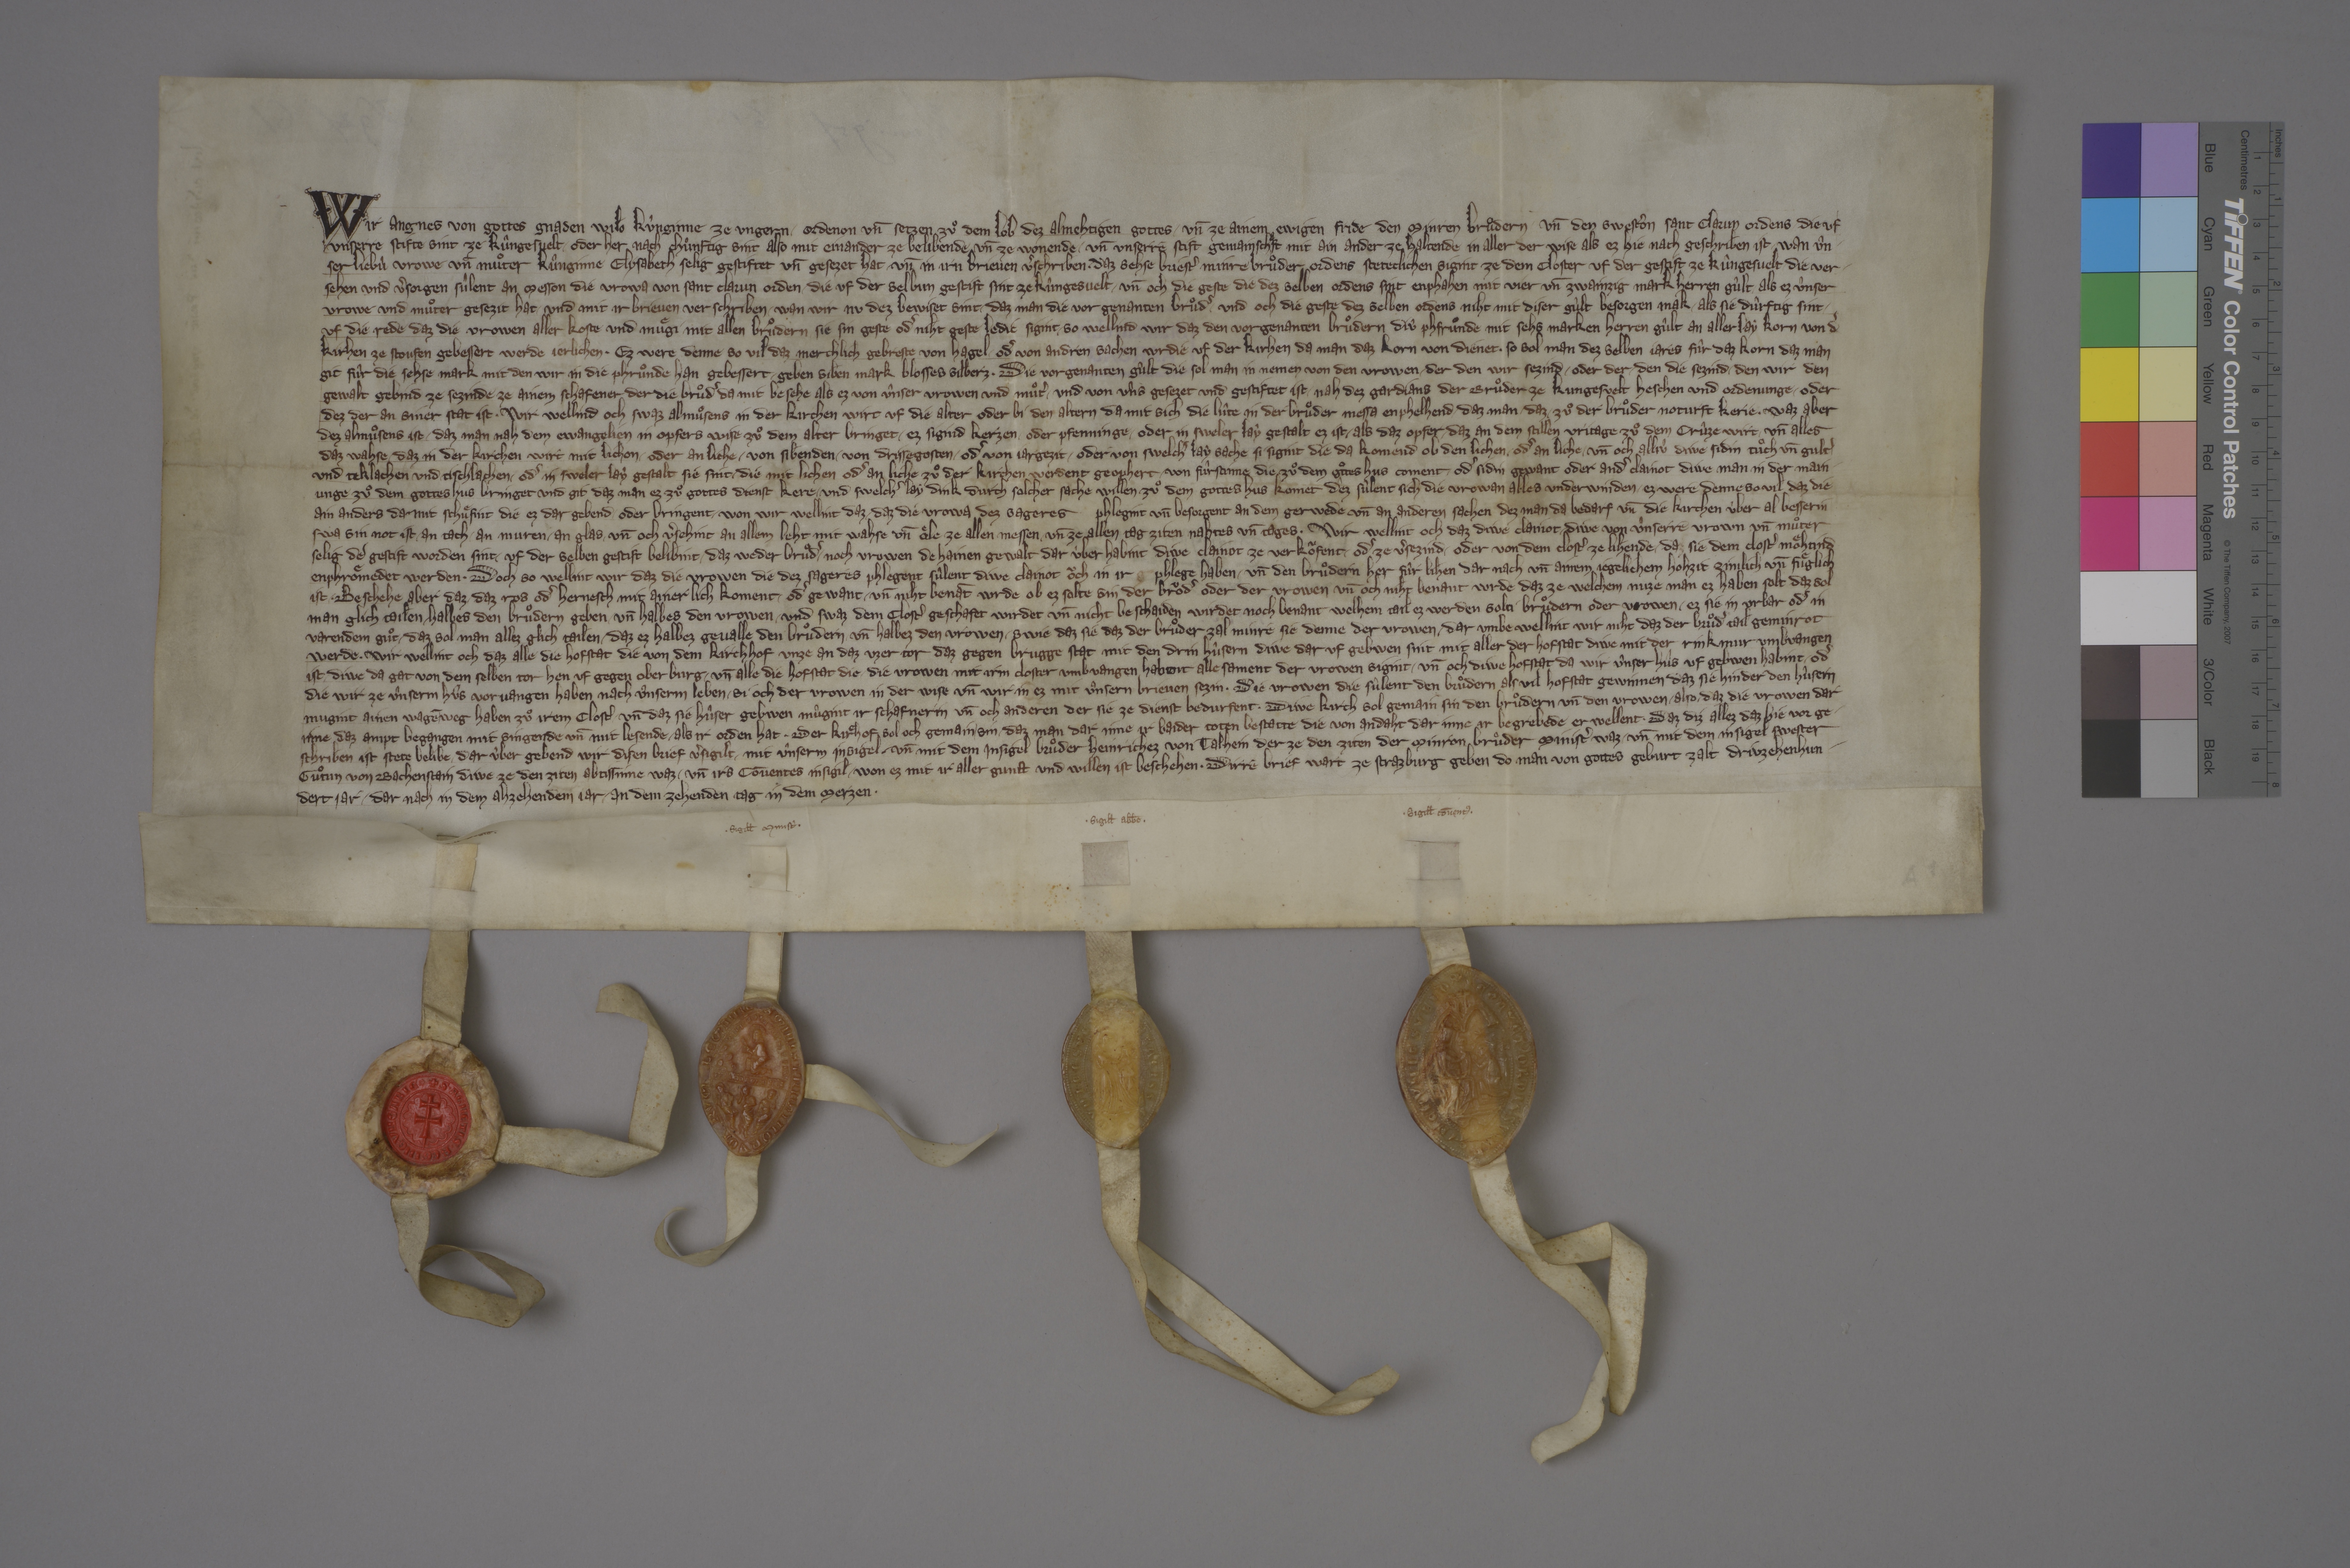
Wir, Angnes, von gottes gnaden wilo kùnginne ze Ungern, ✳ ordenon un̄ setzen zuͦ dem lob dez almehtigen gottes ✳ un̄ ze ainem ewigen fride den Minren Bruͦdern ✳ un̄ den swestˀon Sant Clarun ordens, ✳ die uf
unserre stifte sint ze Kûngesvelt ✳ oder her nach chuͦnftig sint, also mit einander ze belibende un̄ ze wonende ✳ un̄ unserre stift gemainschaft mit ain ander ze haltende in aller der wise, als ez hie nach geschriben ist. ✳ wan ûn¬
ser liebù vrowe un̄ muͦter, kûneginne Elysabeth, selig, gestiftet un̄ gesezet hat ✳ un̄ in irn brieven vˀschriben, ✳ daz sehse briestˀ Minre Bruͦder ordens steteclichen sigint ze dem closter uf der gestift ze Kûngesvelt, ✳ die ver¬
✳ sigill̄ cōventꝰ ✳
sehen und vˀsorgen sûlent an messon die vrowa von Sant Clarun orden, ✳ die uf der selbun gestift sint ze Kûngesvelt, ✳ un̄ och die geste, die dez selben ordens sint, enphahen mit vier un̄ zwainzig mark herren gûlt, ✳ als ez ûnser
vrowe und muͦter gesezit hat ✳ und mit ir brieven verschriben. ✳ wan wir nu dez bewiset sint, ✳ daz man die vor genanten bruͦdˀ ✳ und och die geste dez selben ordens niht mit diser gùlt besorgen mak, ✳ als si dûrftig sint, ✳
uf die rede, daz die vrowen aller koste und muͤgi mit allen bruͦdern, sie sin geste odˀ niht geste, ledic sigint, so wellind wir, daz den vorgenanten bruͦdern diû phfruͦnde mit sehs marken herren gûlt an aller lay korn von dˀ
kirhen ze Stoufen gebessert werde jerlichen. ✳ ez were denne so viI, daz merchlich gebreste von hagel ✳ odˀ von andren sachen wrdie uf der kirhen, da man daz korn von dienet, ✳ so sol man dez selben jares fûr daz korn, daz man
git fûr die sehse mark, mit den wir in die phruͦnde han gebessert, ✳ geben siben mark blosses silberz. ✳ die vorgenanten gûlt, die sol man in nemen von den vrowen, ✳ der, den wir sezind, ✳ oder der, ✳ den die sezind, ✳ den wir den
gewalt gebind ze sezinde, ze ainem schafener, der die bruͦdˀ da mit besehe, als ez von ûnser vrowen und muͦtˀ ✳ und von ûns gesezet und gestiftet ist, ✳ nah dez gardians der bruͦder ze Kungesvelt heschen und ordenunge ✳ oder
dez, der an siner stat ist. ✳ wir wellind och, swaz almuͦsens in der kirchen wirt uf die alter oder bi den altern, da mit sich die lûte in der bruͦder messa enphelhend, ✳ daz man ✳ daz ✳ zuͦ der bruͦder noturft kerie. ✳ waz aber
dez almuͦsens ist, ✳ daz man nah dem ewangelien in opfers wise zuͦ dem alter bringet, ✳ ez sigind kerzen ✳ oder pfenninge ✳ oder in sweler lay gestalt ez ist, ✳ als daz opfer, ✳ daz an dem stillen vritage zuͦ dem crûze wirt, ✳ un̄ alles
daz wahse, ✳ daz in der kirchen wirt mit lichon ✳ oder an liche, ✳ von sibenden, ✳ von drissegosten ✳ odˀ von jargezit, ✳ oder von swelchˀ lay sache si sigint, die da komend ob den lichen ✳ odˀ an liche, ✳ un̄ och alliù diwe sidin tuͦch un̄ gultˀ
und teklachen und tischlachen ✳ odˀ in sweler lay gestalt sie sint, ✳ die mit lichen odˀ an liche zuͦ der kirchen werdent geophert ✳ von fûrstinne, die zuͦ dem gtͦteshus coment, ✳ odˀ sidin gewant oder andˀ clainot, diwe man in der main¬
unge zuͦ dem gotteshus bringet und git, daz man ez zuͦ gottes dienst kere, ✳ und swelchˀ lay dink durch solcher sache willen zuͦ dem gottes hus komet, dêz sùlent sich die vrowan alles under winden, ✳ ez were denne so vil, daz die
ain anders da mit schuͤfint, die ez dar gebend ✳ oder bringent. ✳ won wir wellint daz, ✳daz die vrowa dez sageres phlegint un̄ besorgent an dem gerwede un̄ an andern sachen, dez man da bedarf, un̄ die kirchen ùber al besserin,
swa sin not ist, ✳ an tach, ✳ an muren, ✳ an glas, ✳ un̄ och vˀsehint an allem leht mit wahse un̄ oͤle ze allen messen un̄ ze allen tag ziten, nahtes un̄ tages. ✳ wir wellint och, daz diwe clainot, ✳ diwe von ûnserrē vrown un̄ muͦter,
selig, deˀ gestift worden sint, ✳ uf der selben gestift belibint, ✳ daz weder bruͦdˀ ✳ noch vrowen dehainen gewalt dar ùber habint, diwe clainot ze verkoͧfent ✳ odˀ ze vˀsezind ✳ oder von dem clostˀ ze lihende, ✳ daz sie dem clostˀ moͤhtind
enphroͤmedet werden. ✳ doch so wellint wir, daz die vrowen, die des sageres phlegent, sûlent diwe clainot oͧch in ir g phlege haben ✳ un̄ den bruͦdern her fùr lihen dar nach un̄ ainem jegelichem hohzit zimlich un̄ fuͤglich
ist. ✳ beschehe aber daz, ✳ daz ros odˀ hernesch mit ainer lich koment ✳ odˀ gewant ✳ un̄ niht benāt wrde, ob ez solt sin der broͧdˀ oder der vrowen, un̄ och niht benant wrde daz, ze welchem nuze man ez haben solt, daz sol
man glich tailen, ✳ halbes den bruͦdern geben ✳ un̄ halbes den vrowen. ✳ und swaz dem clostˀ geschafet wirdet un̄ nicht beschaiden wirdet noch benant, welhem tail ez werden solti, bruͦdern oder vrowen, ✳ ez sie in urbar odˀ in
varendem guͦt, ✳ daz sol man allez glich tailen, ✳ daz ez halbez gevalle den bruͦdern ✳ un̄ halbez den vrowen. ✳ swie daz sie, daz der bruͦder zal minre sie denne der vrowen, ✳ dar umbe wellint wir niht, daz der bruͦdˀ tail geminrot
werde. ✳ wir wellint och, daz alle die hofstat, die von dem kirchhof unze an daz uzer tor, daz gegen Brugge stat, mit den drin hùsern, diwe dar uf gebwen sint, mit aller der hofstat, diwe mit der rinkmur umbvangen
ist, ✳ diwe da gat von dem selben tor hen uf gegen Oberburg, ✳ un̄ alle die hofstat, die ✳ die vrowen mit irm closter umb vangen habnent, alle sament der vrowen sigint, ✳ un̄ och diwe hofstat, da wir ùnser hûs uf gebwen habint ✳ odˀ
die wir ze ûnserm hûs vorvangen haben nach ûnserm leben ✳ si och der vrowen in der wis un̄ wir in ez mit ûnsern brieven sezin. ✳ die vrowen, die sûlent den bruͦdern als vil hofstat gewinnen, daz sie hinder den hûsern
mugint ainen wagēweg haben zuͦ irem clostˀ ✳ un̄ daz sie hûser gebwen mûgint ir schafnerin un̄ och anderen, der sie ze dienst bedurfent. ✳ diwe kirch sol gemain sin den bruͦdern un̄ den vrowen, ✳ also, ✳ daz die vrowen dar
inne daz ampt begangen mit singende un̄ mit lesende, ✳ als ir orden hat. ✳ der kiͤrhof sol och gemain ✳ sin, ✳ daz man dar inne ir baider toten bestatte, die von andaht dar inne ir begrebede erwellent. ✳ daz diz allez, daz hie vor ge¬
schriben ist, stete belibe, ✳ dar ùber geben wir disen brief, vˀsigilt ✳ mit ûnserm insigel ✳ un̄ mit dem insigel bruͦder Heinrichez von Talhein, der ze den ziten der minron bruͦder ministˀ waz, ✳ un̄ mit dem insigel swester
Guͣtun von Bachenstain, diwe ze den ziten abtissinne waz, ✳ un̄ irs cōventes insigel, ✳ won ez mit ir aller gunst und willen ist beschehen. ✳ dirre brief wart ze Strazburg geben, do man von gottes geburt zalt driuzehenhun¬
dert jar, ✳ dar nach in dem ahzehendem jar, ✳ an dem zehenden tag in dem merzen. ✳

✳ sigill̄ regiē ✳
✳ sigill̄ ministˀ ✳
✳ sigill̄ abb̄e ✳
✳ sigill̄ cōventꝰ ✳